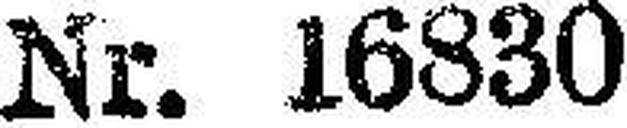
Nr. 16830